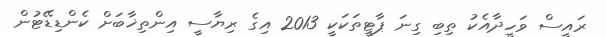
ރައީސް ވަހީދާއެކު ތިބި ގިނަ ޕާޓީތަކަކީ 2013 އިގެ ރިޔާސީ އިންތިޚާބަށް ކެންޑިޑޭޓުން